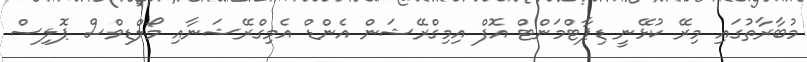
މުބާރާތުގައި މިރޭ ކުޅޭނީ ޑިޕާޓްމަންޓް އޮފް އިމިގްރޭޝަން އެންޑް އެމިގްރޭޝަނާއި މޯލްޑިވްސް ޕޮލިސް